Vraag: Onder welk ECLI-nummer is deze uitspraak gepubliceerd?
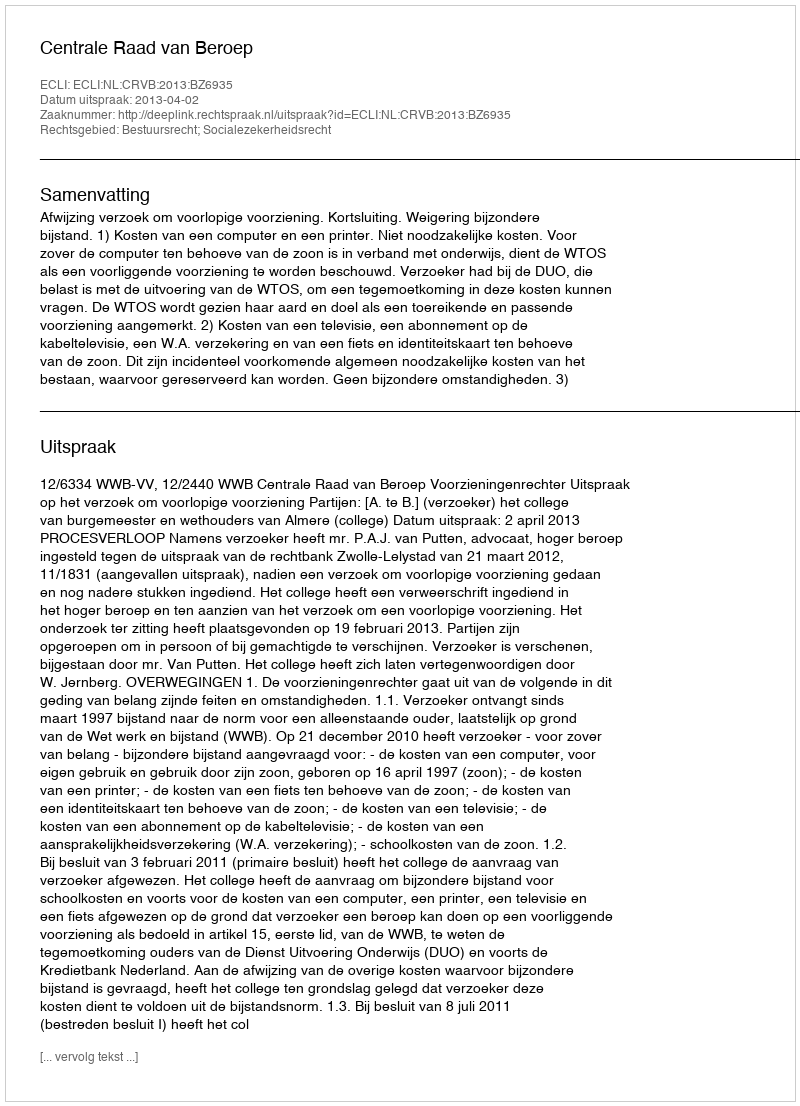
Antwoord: ECLI:NL:CRVB:2013:BZ6935